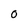
Character: 0